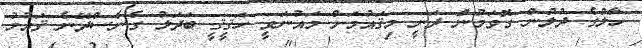
ހާލުގެ ދުލުން ގޮވަމުން ދަނީ މިޤައުމަށް މައުނަވީ ހަޤީޤީ ބަދަލު ގެނެސްދޭނެ ޤައުމު